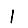
Digit: 1